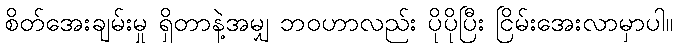
စိတ်အေးချမ်းမှု ရှိတာနဲ့အမျှ ဘဝဟာလည်း ပိုပိုပြီး ငြိမ်းအေးလာမှာပါ။